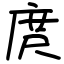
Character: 庹